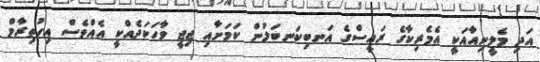
އަދި މެލީނިއާއަކީ އެމެރިކާގެ ރައީސްގެ އަނބިކަނބަލުން ކަމަށާއި ޖިޖީ ވާހަކަދެއްކީ އެއްވެސް އިހުތިރާމް